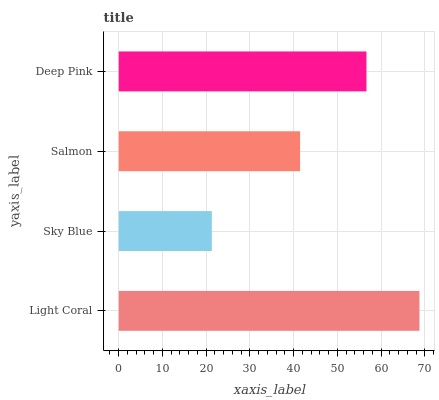
| yaxis_label | bars |
 | --- | --- |
 | Light Coral | 68.8 |
 | Sky Blue | 21.3 |
 | Salmon | 41.5 |
 | Deep Pink | 56.7 |